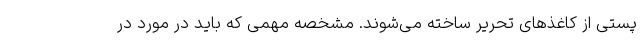
پستی از کاغذهای تحریر ساخته می‌شوند. مشخصه مهمی که باید در مورد در